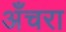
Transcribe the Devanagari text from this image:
अँचरा